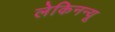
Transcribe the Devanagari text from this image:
लेकिनन्यू